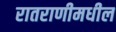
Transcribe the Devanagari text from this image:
रातराणीमधील